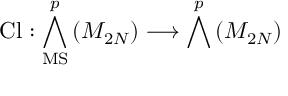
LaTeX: \mathrm { C l } : \bigwedge _ { \mathrm { M S } } ^ { p } \left( { \cal M } _ { 2 N } \right) \longrightarrow \bigwedge ^ { p } \left( { \cal M } _ { 2 N } \right)